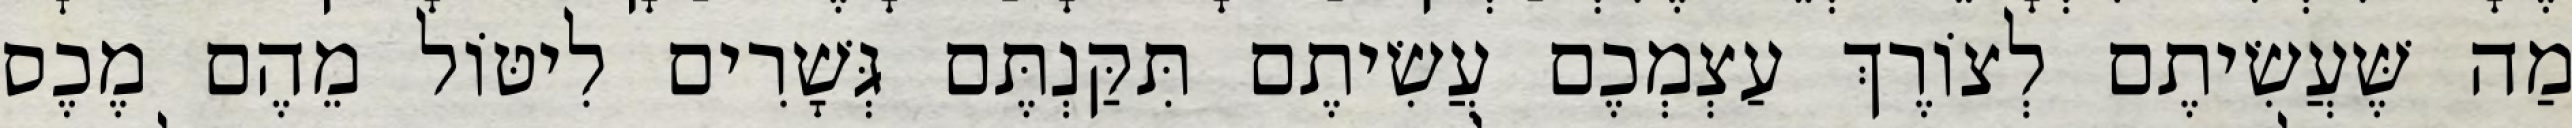
מַה שֶּׁעֲשִׂיתֶם לְצוֹרֶךְ עַצְמְכֶם עֲשִׂיתֶם תִּקַּנְתֶּם גְּשָׁרִים לִיטּוֹל מֵהֶם מֶכֶס